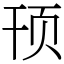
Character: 顸